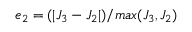
e _ { 2 } = ( | J _ { 3 } - J _ { 2 } | ) / m a x ( J _ { 3 } , J _ { 2 } )